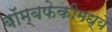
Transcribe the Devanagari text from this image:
बॉम्बफेकीमध्ये